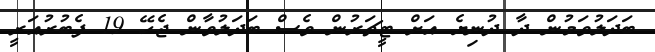
ބަދަލުވަމުން ދާ ދުނިޔެ އަށް ޓީޗަރުން ވެސް ބަދަލުވާން ޖެހޭ 19 ފެބުރުއަރީ